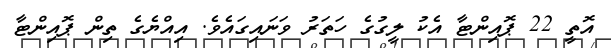
އޮތީ 22 ޕޮއިންޓާ އެކު ލީގުގެ ހަތަރު ވަނައިގައެވެ. އިއްޔެގެ ތިން ޕޮއިންޓާ